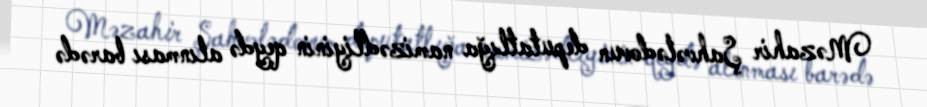
Məzahir Şahvələdovun deputatlığa namizədliyinin qeydə alınması barədə